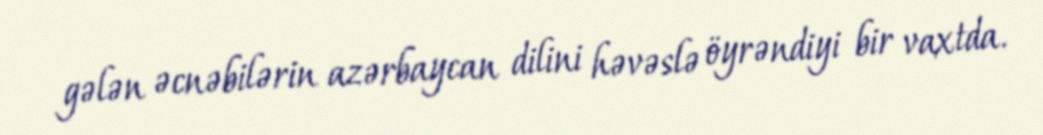
gələn əcnəbilərin azərbaycan dilini həvəslə öyrəndiyi bir vaxtda.